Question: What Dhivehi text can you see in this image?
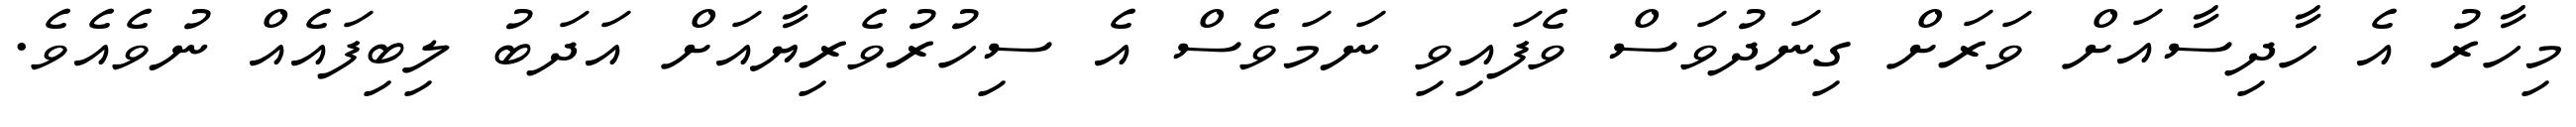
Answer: މިހާރު އެ ހާދިސާއަށް ވަރަށް ގިނަދުވަސް ވެފައިވި ނަމަވެސް އެ ސިހުރުވެރިޔާއަށް އަދަބު ލިބިފައެއް ނުވެއެވެ.